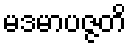
မဒမာပဇ္ဇတိ